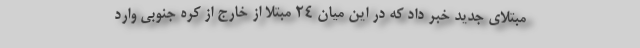
مبتلای جدید خبر داد که در این میان 24 مبتلا از خارج از کره جنوبی وارد